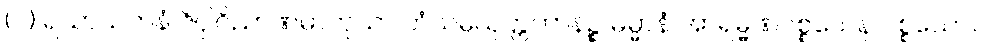
(င) ရသာယတနံ ဇိဝှါဝိညာဏဓာတုယာ တံသမ္ပယုတ္တကာနဉ္စ ဓမ္မာနံ အာရမ္မဏပစ္စယေန ပစ္စယော။